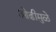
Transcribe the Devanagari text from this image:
ओढीमुळे